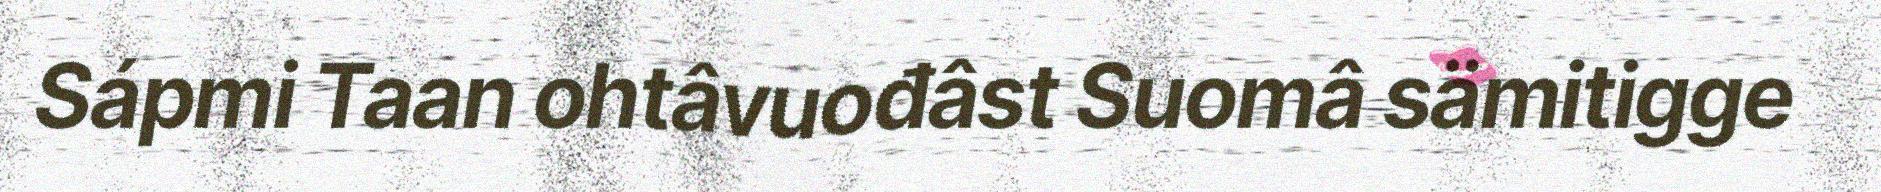
Sápmi Taan ohtâvuođâst Suomâ sämitigge